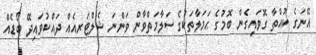
އޭނަގެ ކުއްތާ ގޮވައިގެން ބޮމުގެ ޙަމަލާތަކުގެ ސަލާމަތްވާން ވަންނަ ޝެލްޓަރއެއް ދައްކުވައިދޭ ބޯޑެއް